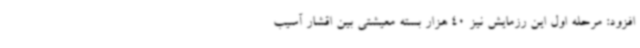
افزود: مرحله اول این رزمایش نیز 40 هزار بسته معیشتی بین اقشار آسیب